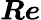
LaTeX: \boldsymbol{Re}